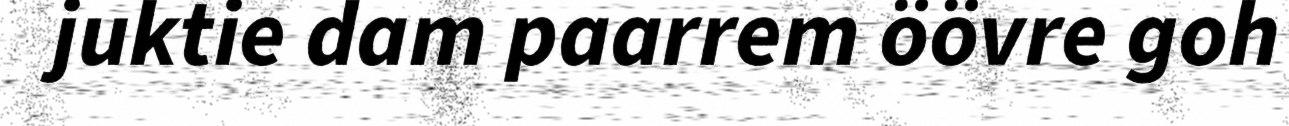
juktie dam paarrem öövre goh